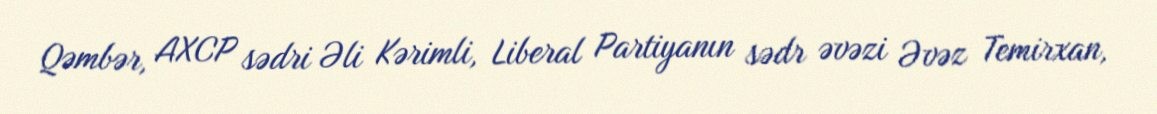
Qəmbər, AXCP sədri Əli Kərimli, Liberal Partiyanın sədr əvəzi Əvəz Temirxan,